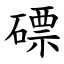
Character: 磦